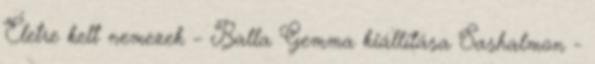
Életre kelt nemezek – Balla Gemma kiállítása Sashalmon -